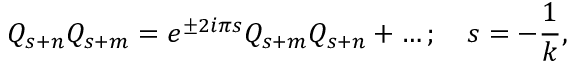
Q _ { s + n } Q _ { s + m } = e ^ { \pm 2 i { \pi } s } Q _ { s + m } Q _ { s + n } + \ldots ; \quad s = { - { \frac { 1 } { k } } } ,